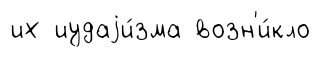
их иудаjи́зма возн'и́кло